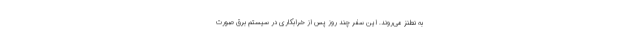
به نطنز می‌روند. این سفر چند روز پس از خرابکاری در سیستم برق صورت